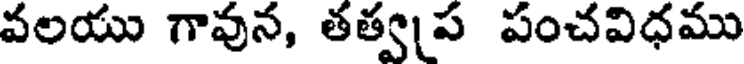
వలయు గావున, తత్వప పంచవిధము